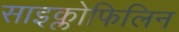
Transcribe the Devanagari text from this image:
साइक्लोफिलिन